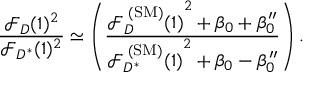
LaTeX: { \frac { { \mathcal F } _ { D } ( 1 ) ^ { 2 } } { { \mathcal F } _ { D ^ { * } } ( 1 ) ^ { 2 } } } \simeq \left( { \frac { { { \mathcal F } _ { D } ^ { \mathrm { \tiny ~ ( S M ) } } ( 1 ) } ^ { 2 } + \beta _ { 0 } + \beta _ { 0 } ^ { \prime \prime } } { { { \mathcal F } _ { D ^ { * } } ^ { \mathrm { \tiny ~ ( S M ) } } ( 1 ) } ^ { 2 } + \beta _ { 0 } - \beta _ { 0 } ^ { \prime \prime } } } \right) .